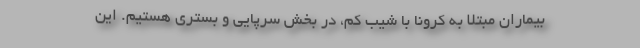
بیماران مبتلا به کرونا با شیب کم، در بخش سرپایی و بستری هستیم. این